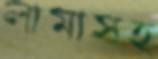
লামাসহ